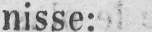
nisse: